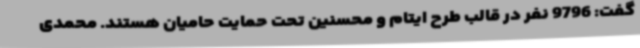
گفت: 9796 نفر در قالب طرح ایتام و محسنین تحت حمایت حامیان هستند. محمدی